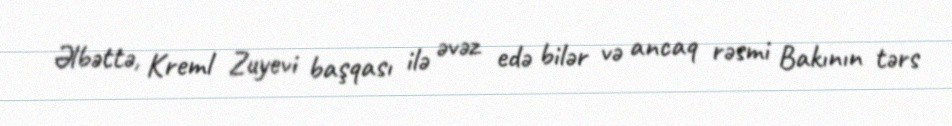
Əlbəttə, Kreml Zuyevi başqası ilə əvəz edə bilər və ancaq rəsmi Bakının tərs